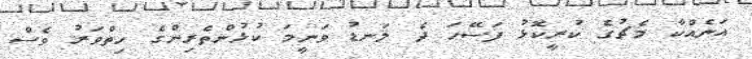
އަނެއްކާ މެޗުގެ ކުރީކޮޅު ފަސޭހަ ދެ ލަނޑު ވަނީމަ ކުޅުންތެރިންގެ ހިތްވަރު ވެސް